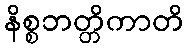
နိစ္စဘတ္တိကာတိ